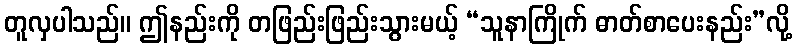
တူလှပါသည်။ ဤနည်းကို တဖြည်းဖြည်းသွားမယ့် “သူနာကြိုက် ဓာတ်စာပေးနည်း”လို့